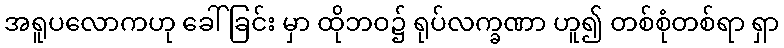
အရူပလောကဟု ခေါ်ခြင်း မှာ ထိုဘဝ၌ ရုပ်လက္ခဏာ ဟူ၍ တစ်စုံတစ်ရာ ရှာ